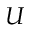
U